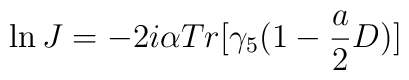
\ln J = -2i\alpha Tr[\gamma_{5}(1-\frac{a}{2}D)]